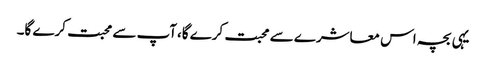
یہی بچہ اس معاشرے سے محبت کرے گا،آپ سے محبت کرے گا۔